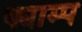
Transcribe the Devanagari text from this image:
क्याम्प